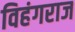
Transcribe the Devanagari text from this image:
विहंगराज